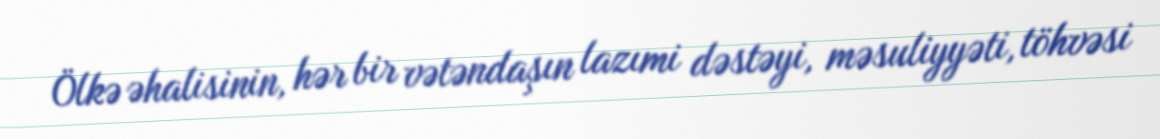
Ölkə əhalisinin, hər bir vətəndaşın lazımi dəstəyi, məsuliyyəti, töhvəsi